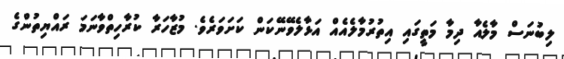
ލިބުނަސް މާލެއާ ދިމާ މަތީގައި އިތުރުމާލެއެއް އަޅާލެވޭނޭކަން ކަށަވަރެވެ. މުޒާހަރާ ކުރާހިތްވާނަމަ ރައްޔިތުންގެ